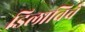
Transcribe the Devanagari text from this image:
डिलाविचे